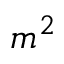
m ^ { 2 }